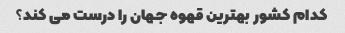
کدام کشور بهترین قهوه جهان را درست می کند؟